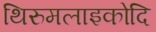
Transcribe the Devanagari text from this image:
थिरुमलाइकोदि